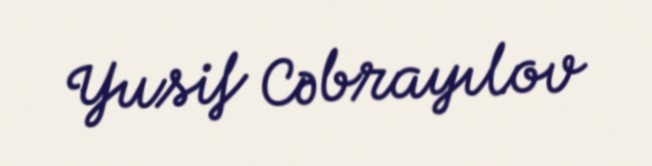
Yusif Cəbrayılov